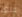
نملكه